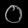
Digit: ၀